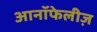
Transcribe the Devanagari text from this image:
आनॉफेलीज़